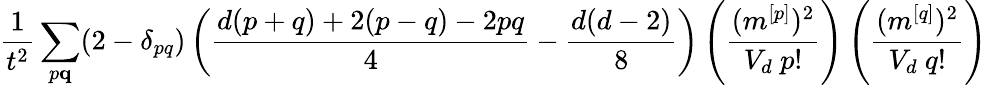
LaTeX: \frac{1}{t^{2}}\sum_{p\le q}(2-\delta_{pq})\left(\frac{d(p+q)+2(p-q)-2pq}{4}-\frac{d(d-2)}{8}\right)\left(\frac{(m^{[p]})^{2}}{V_{d}~p!}\right)\left(\frac{(m^{[q]})^{2}}{V_{d}~q!}\right)